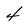
Character: 4